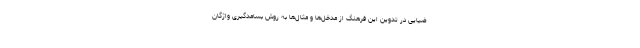
ضیایی در تدوین این فرهنگ از مدخل‌ها و مثال‌ها به روش بسامدگیری واژگان